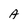
Character: A